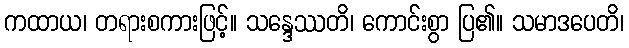
ကထာယ၊ တရားစကားဖြင့်။ သန္ဒေဿတိ၊ ကောင်းစွာ ပြ၏။ သမာဒပေတိ၊